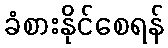
ခံစားနိုင်စေရန်